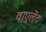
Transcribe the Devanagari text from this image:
वाएलेंट